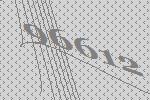
96612